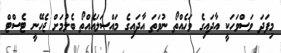
މިފަދަ ވަސްވަހަކީ އާދައިގެ ވަހެއްތޯ ނުވަތަ އާދައިގެ މައްސަލައެއްތޯ ބެލުމަށް ޖެހޭނީ ޓެސްޓް